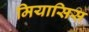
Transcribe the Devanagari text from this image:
मियासिस